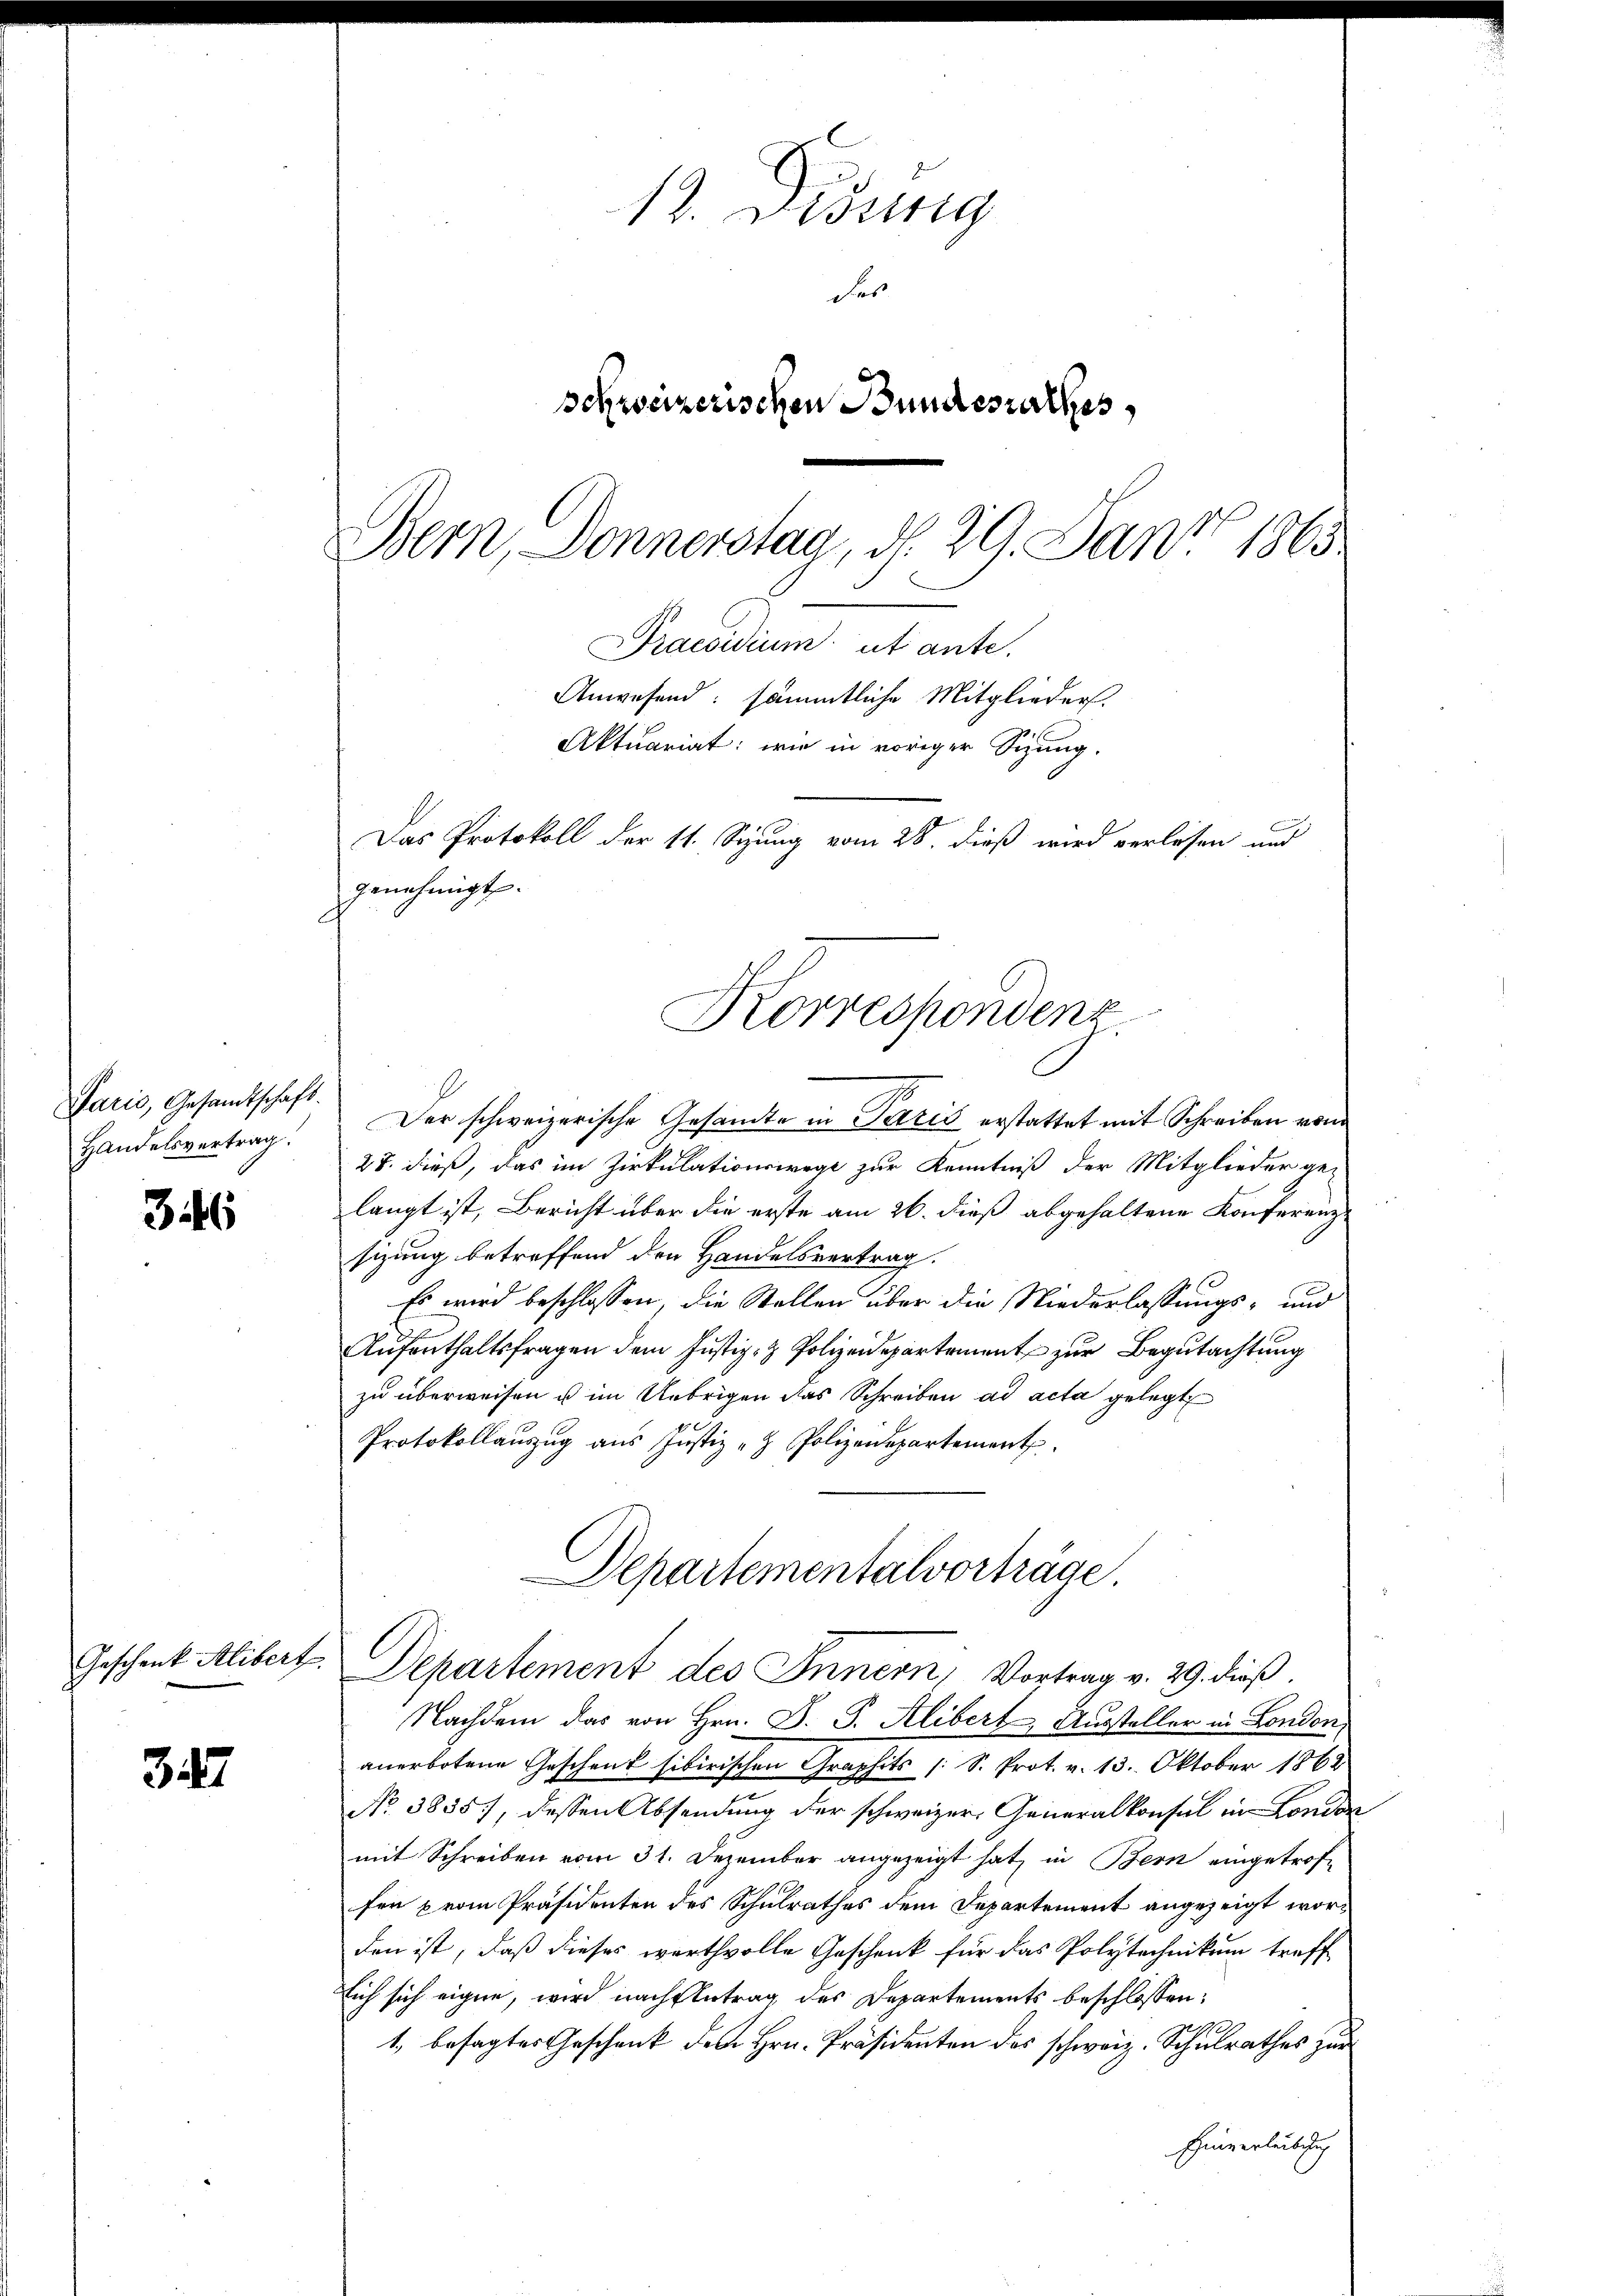
Paris, Gesandtschaft.
Handelsvertrag.

346

Geschenk Alibert

3

18. Disseng
das
schweizerischen Bundesrathes,
Bern, Donnerstag, d. 29. Janz 1865

Praesidium ut ante.
Anwesend: sämmtliche Mitglieder.
Aktuariat: wie in voriger Sizung.
Das Protokoll der 11. Sizung vom 28. dieß wird verlesen und

Der schweizerische Gesamte in Paris erstattet mit Schreiben von
27. dieß, das im Zirkulationswege zur Kenntniß der Mitglieder ge-
langt ist, Bericht über die erste am 26. dieß abgehaltene Konferenz
sizung betreffend den Handelsvertrag.
Es wird beschlossen, die Stellen über die Niederlassungs- und
Aufenthaltsfragen dem Justiz- & Polizeidepartement zur Begutachtung
zu überweisen u im Uebrigen das Schreiben ad acta gelegt
Protokollaŭszŭg aŭs Jŭstiz- & Polizeidepartement
Departementalvorträge
Departement des Innern, Vortrag v. 29. dieß.
Nachdem das von Hrn. D. S. Alibert Aussteller in London,
anerbotene Geschenk sibirischen Graphits (S. Prot. v. 13. Oktober 1862
No 3835), dessen Absendung der schweizer. Generalkonsul in London
mit Schreiben vom 31. Dezember angezeigt hat, in Bern eingetroffer prom Präsidenten des Schulrathes dem Departement angezeigt worden ist, daß dieses werthvolle Geschenk für das Polytechnikum treffe
sich sich eigen, wird nachgetrag des Departements beschlossen:
19
1, besagtes Geschenk den Hrn. Präsidenten des schweiz. Schulrathes zur
Einverleibung

genehmigt.

Korrespondenz